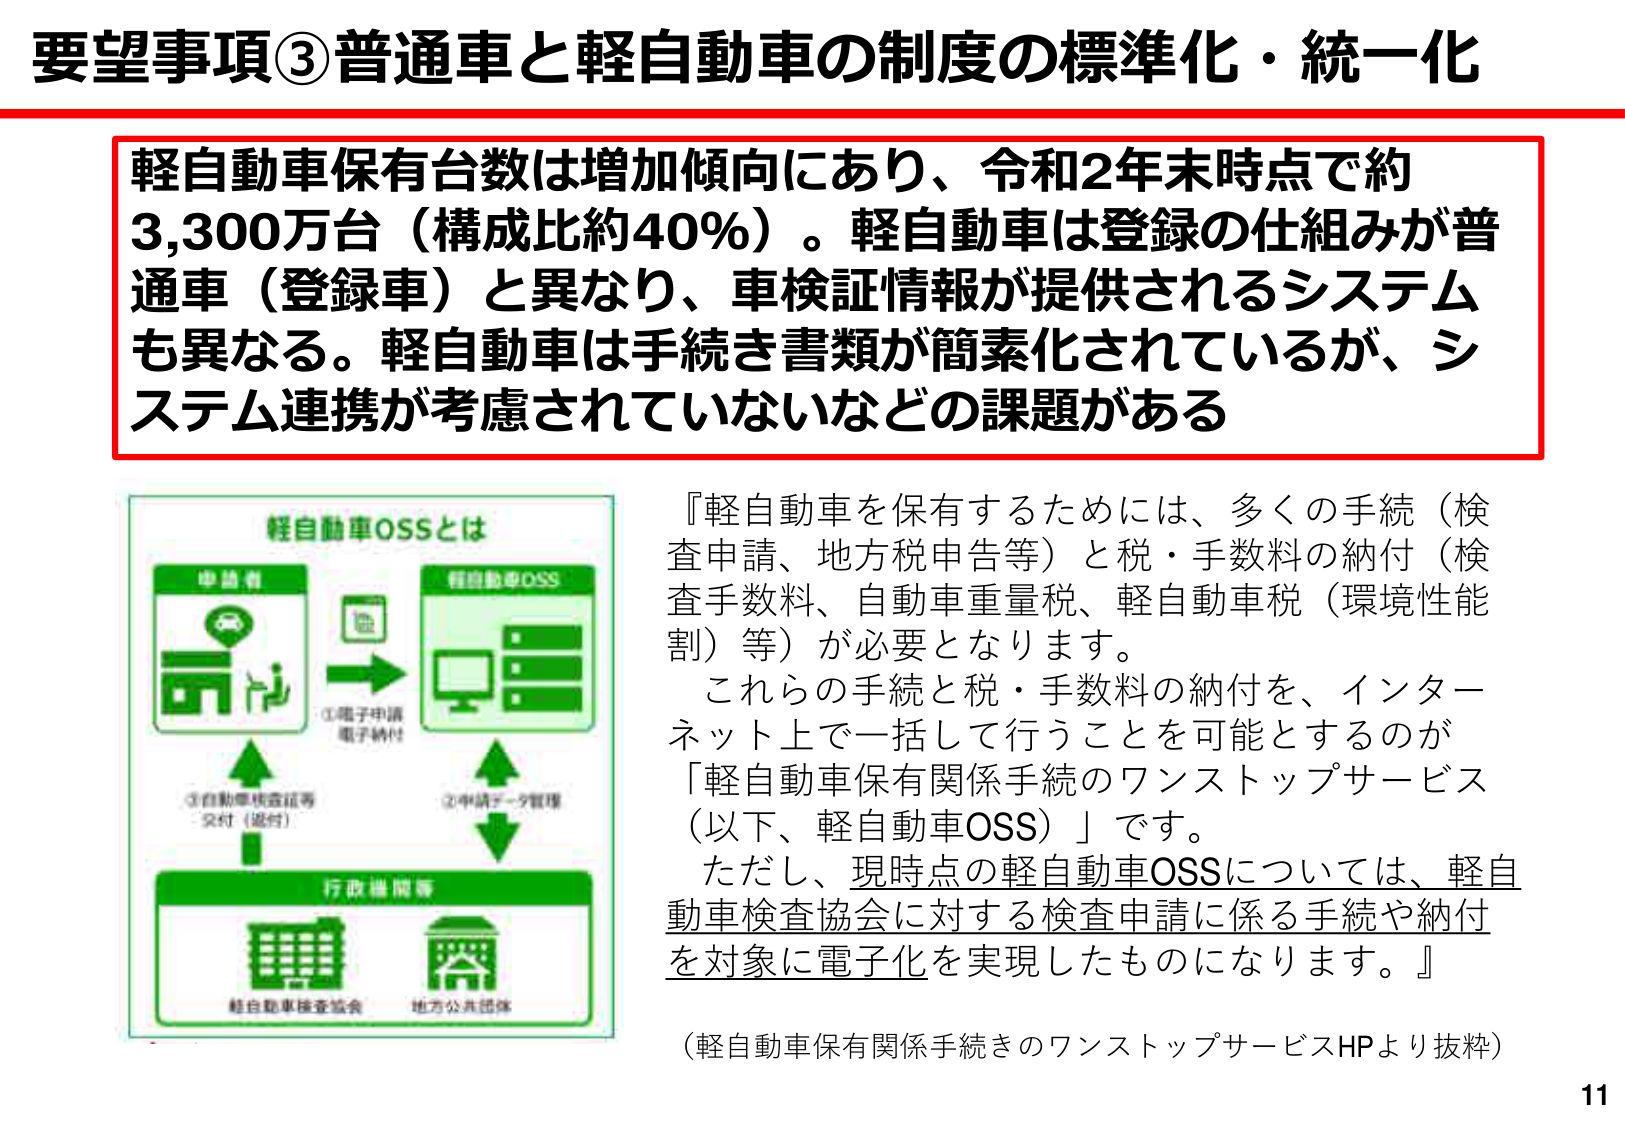
要望事項③普通車と軽自動車の制度の標準化・統一化

軽自動車保有台数は増加傾向にあり、令和2年末時点で約3,300万台（構成比約40%）。軽自動車は登録の仕組みが普通車（登録車）と異なり、車検証情報が提供されるシステムも異なる。軽自動車は手続き書類が簡素化されているが、システム連携が考慮されていないなどの課題がある

軽自動車OSSとは
申請者
①電子申請
電子納付
軽自動車OSS
②申請データ管理
③自動車検査証等
交付（返付）
行政機関等
軽自動車検査協会
地方公共団体

『軽自動車を保有するためには、多くの手続（検査申請、地方税申告等）と税・手数料の納付（検査手数料、自動車重量税、軽自動車税（環境性能割）等）が必要となります。
これらの手続と税・手数料の納付を、インターネット上で一括して行うことを可能とするのが「軽自動車保有関係手続のワンストップサービス（以下、軽自動車OSS）」です。
ただし、現時点の軽自動車OSSについては、軽自動車検査協会に対する検査申請に係る手続や納付を対象に電子化を実現したものになります。』

（軽自動車保有関係手続きのワンストップサービスHPより抜粋）
11